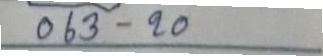
063 - 20